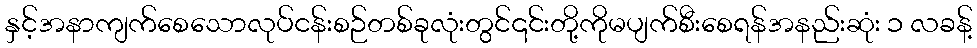
နှင့်အနာကျက်စေသောလုပ်ငန်းစဉ်တစ်ခုလုံးတွင်၎င်းတို့ကိုမပျက်စီးစေရန်အနည်းဆုံး ၁ လခန့်